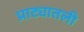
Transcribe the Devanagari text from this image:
प्राट्यातली